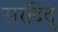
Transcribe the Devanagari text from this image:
सरदिंदू